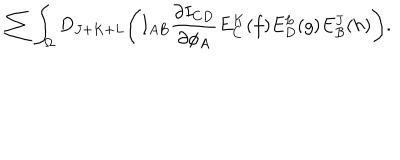
\sum \int _ { \Omega } D _ { J + K + L } \Biggl ( I _ { A B } { \frac { \partial I _ { C D } } { \partial \phi _ { A } } } E _ { C } ^ { K } ( f ) E _ { D } ^ { L } ( g ) E _ { B } ^ { J } ( h ) \Biggr ) .